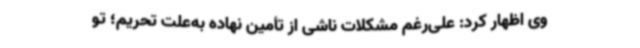
وی اظهار کرد: علی‌رغم مشکلات ناشی از تأمین نهاده به‌علت تحریم؛ تو